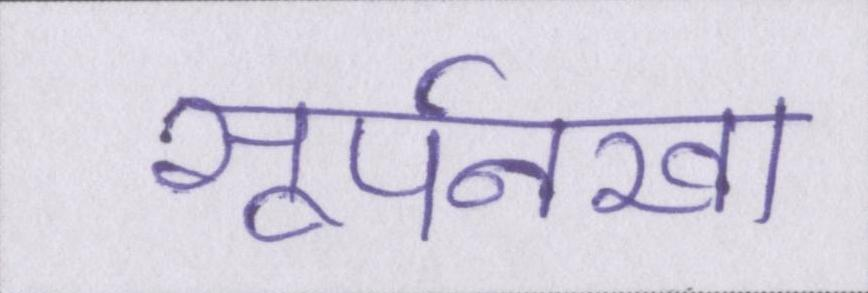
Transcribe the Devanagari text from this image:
सूर्पनखा